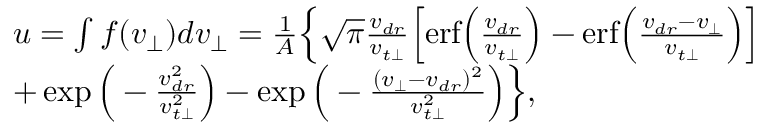
\begin{array} { r l } & { u = \int f ( v _ { \perp } ) d v _ { \perp } = \frac { 1 } { A } \Big \{ \sqrt { \pi } \frac { v _ { d r } } { v _ { t \perp } } \Big [ \mathrm { e r f } \Big ( \frac { v _ { d r } } { v _ { t \perp } } \Big ) - \mathrm { e r f } \Big ( \frac { v _ { d r } - v _ { \perp } } { v _ { t \perp } } \Big ) \Big ] } \\ & { + \exp \Big ( - \frac { v _ { d r } ^ { 2 } } { v _ { t \perp } ^ { 2 } } \Big ) - \exp \Big ( - \frac { ( v _ { \perp } - v _ { d r } ) ^ { 2 } } { v _ { t \perp } ^ { 2 } } \Big ) \Big \} , } \end{array}